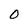
Character: O